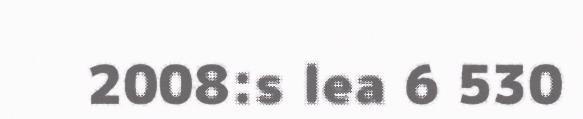
2008:s lea 6 530